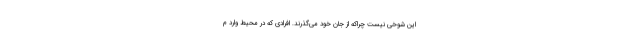
این شوخی نیست چراکه از جان خود می‌گذرند. افرادی که در محیط وارد م